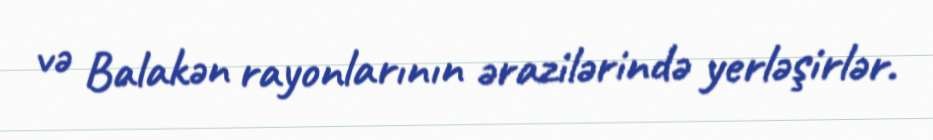
və Balakən rayonlarının ərazilərində yerləşirlər.